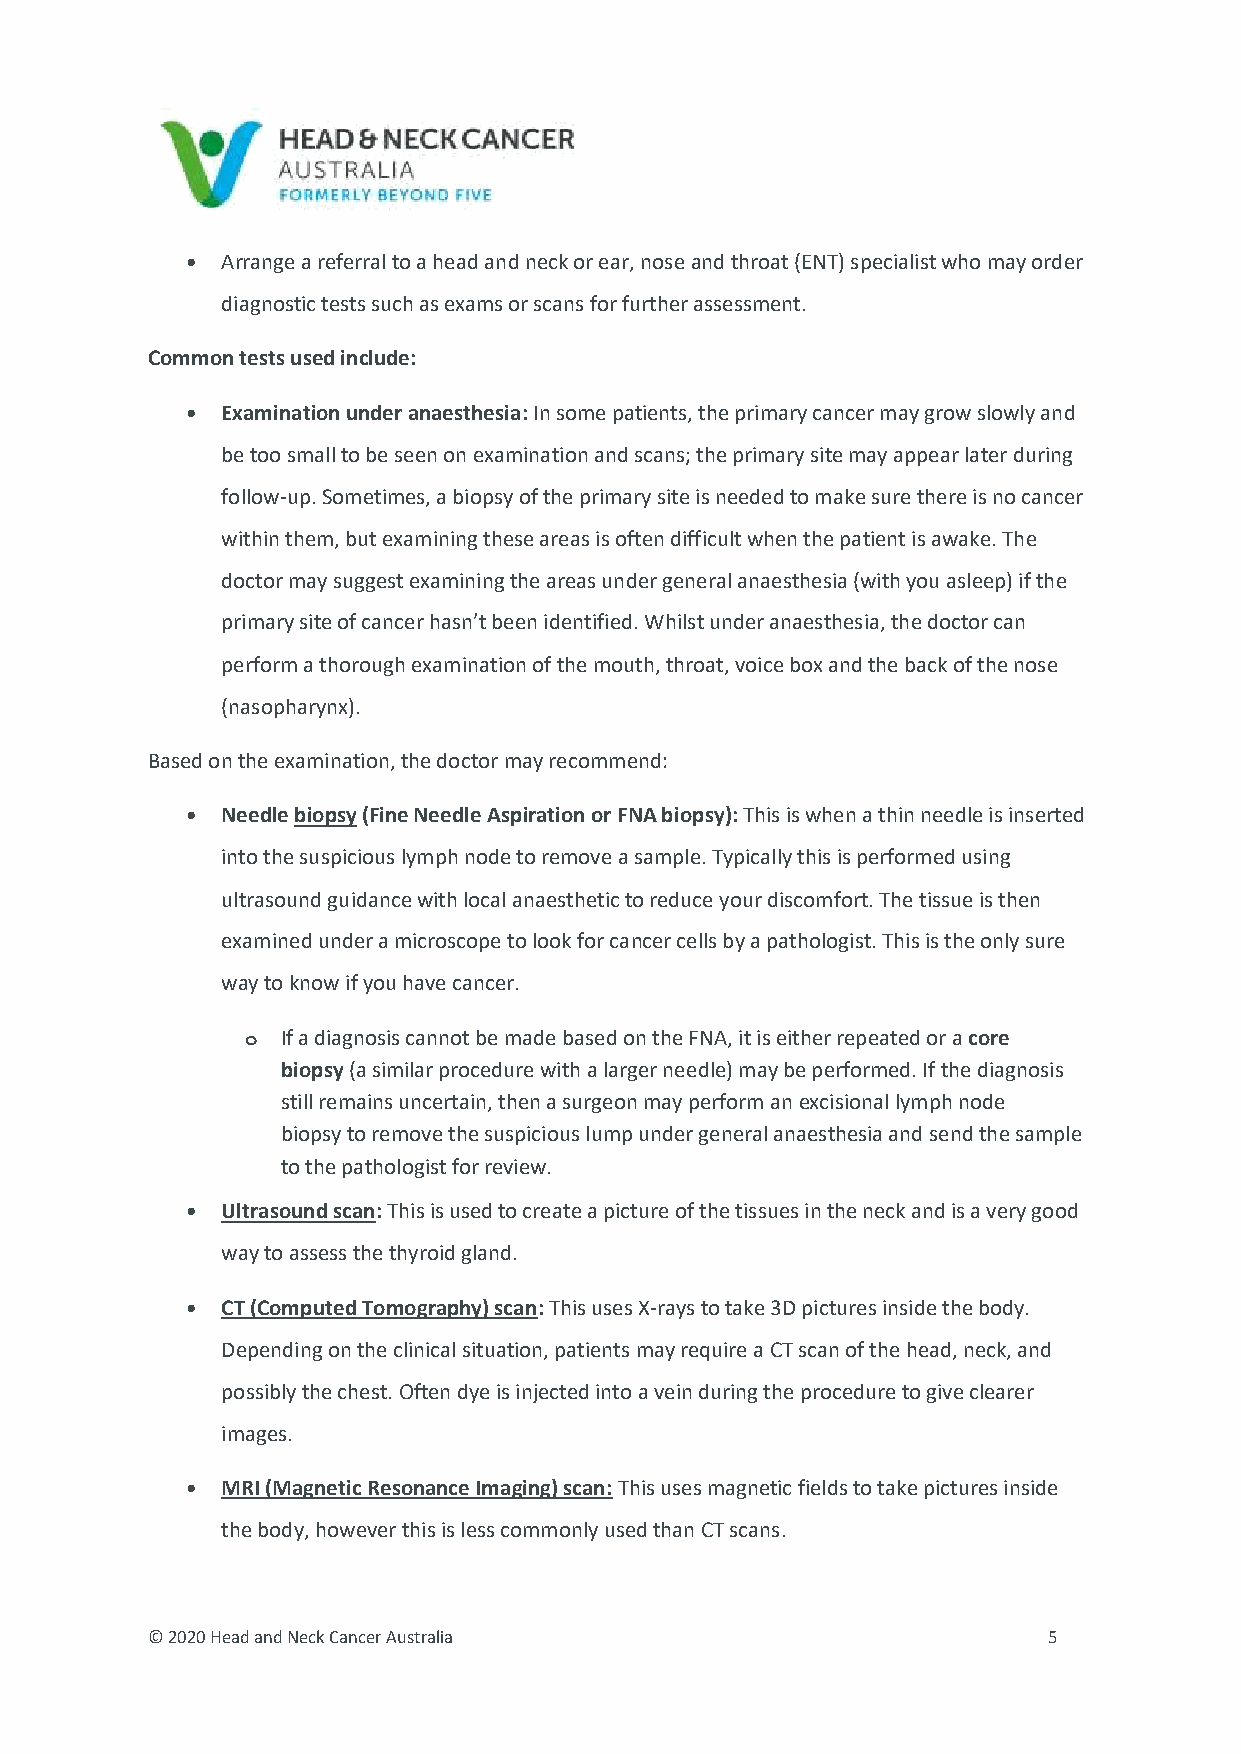
•  Arrange a referral to a head and neck or ear, nose and throat (ENT) specialist who may order
 diagnostic tests such as exams or scans for further assessment.
 Common tests used include:
 •  Examination under anaesthesia: In some patients, the primary cancer may grow slowly and
 be too small to be seen on examination and scans; the primary site may appear later during
 follow-up. Sometimes, a biopsy of the primary site is needed to make sure there is no cancer
 within them, but examining these areas is often difficult when the patient is awake. The
 doctor may suggest examining the areas under general anaesthesia (with you asleep) if the
 primary site of cancer hasn’t been identified. Whilst under anaesthesia, the doctor can
 perform a thorough examination of the mouth, throat, voice box and the back of the nose
 (nasopharynx).
 Based on the examination, the doctor may recommend:
 •  Needle biopsy (Fine Needle Aspiration or FNA biopsy): This is when a thin needle is inserted
 into the suspicious lymph node to remove a sample. Typically this is performed using
 ultrasound guidance with local anaesthetic to reduce your discomfort. The tissue is then
 examined under a microscope to look for cancer cells by a pathologist. This is the only sure
 way to know if you have cancer.
 o  If a diagnosis cannot be made based on the FNA, it is either repeated or a core
 biopsy (a similar procedure with a larger needle) may be performed. If the diagnosis
 still remains uncertain, then a surgeon may perform an excisional lymph node
 biopsy to remove the suspicious lump under general anaesthesia and send the sample
 to the pathologist for review.
 •  Ultrasound scan: This is used to create a picture of the tissues in the neck and is a very good
 way to assess the thyroid gland.
 •  CT (Computed Tomography) scan: This uses X-rays to take 3D pictures inside the body.
 Depending on the clinical situation, patients may require a CT scan of the head, neck, and
 possibly the chest. Often dye is injected into a vein during the procedure to give clearer
 images.
 •  MRI (Magnetic Resonance Imaging) scan: This uses magnetic fields to take pictures inside
 the body, however this is less commonly used than CT scans.
 © 2020 Head and Neck Cancer Australia                      5